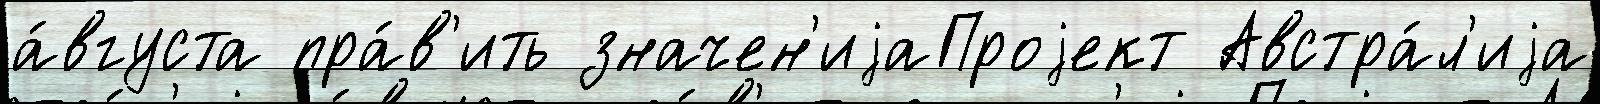
а́вгуста пра́в'ить значен'иjаПроjект Австра́л'иjа